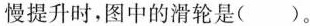
慢提升时，图中的滑轮是( )。